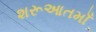
શરૂઆતમાઁ